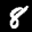
Label: 8